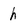
Character: h